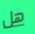
هل